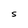
Character: S